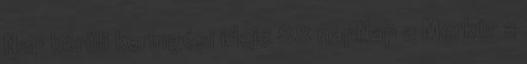
Nap körüli keringési ideje 88 napNap a Merkúr a